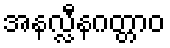
အနလ္လီနဂတ္တာဝ